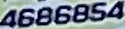
4686854